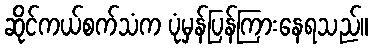
ဆိုင်ကယ်စက်သံက ပုံမှန်ပြန်ကြားနေရသည်။